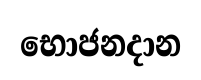
භොජනදාන